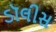
ડૉલીસ